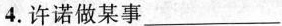
4.许诺做某事___